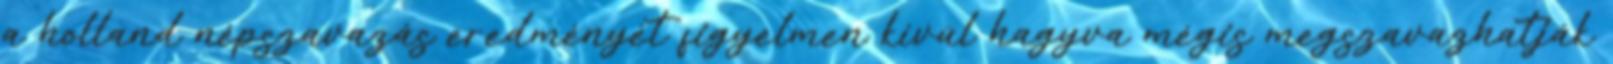
a holland népszavazás eredményét figyelmen kívül hagyva mégis megszavazhatják